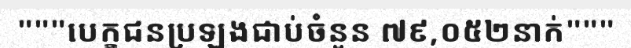
"""បេក្ខជនប្រឡងជាប់ចំនួន ៧៩,០៥២នាក់"""